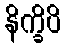
နိက္ခိပိ